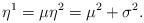
LaTeX: \begin{align*}\eta^1 = \mu \eta^2 = \mu^2 + \sigma^2.\end{align*}